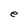
Character: e